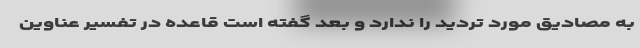
به مصادیق مورد تردید را ندارد و بعد گفته است قاعده در تفسیر عناوین